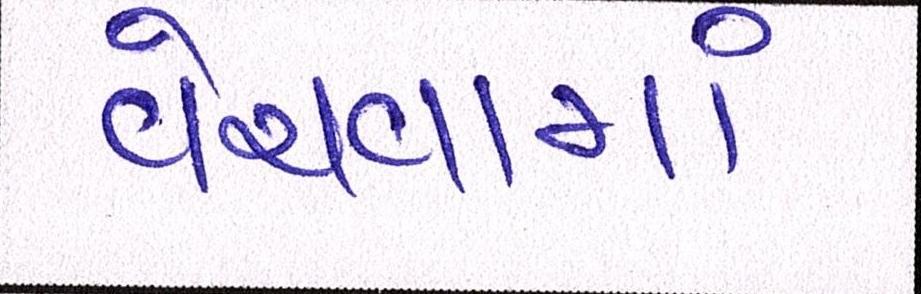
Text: વેચવામાં